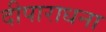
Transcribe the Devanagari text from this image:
दीपाराधना